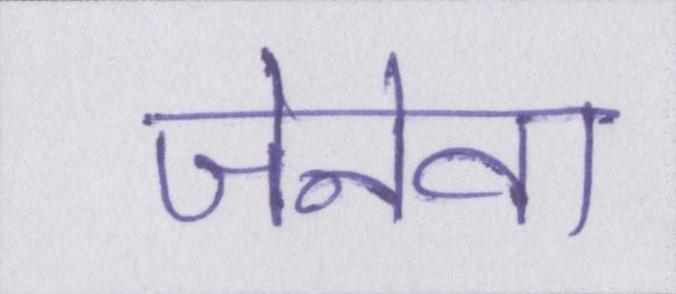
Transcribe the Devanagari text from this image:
जेनेवा